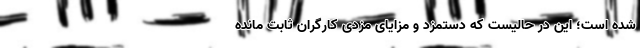
شده است؛ این در حالیست که دستمزد و مزایای مزدی کارگران ثابت مانده